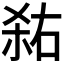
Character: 𭪎